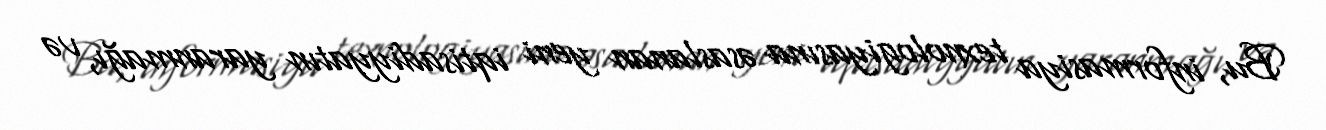
Bu, informasiya texnologiyasına əsaslanan yeni iqtisadiyyatın yaranmağı, və